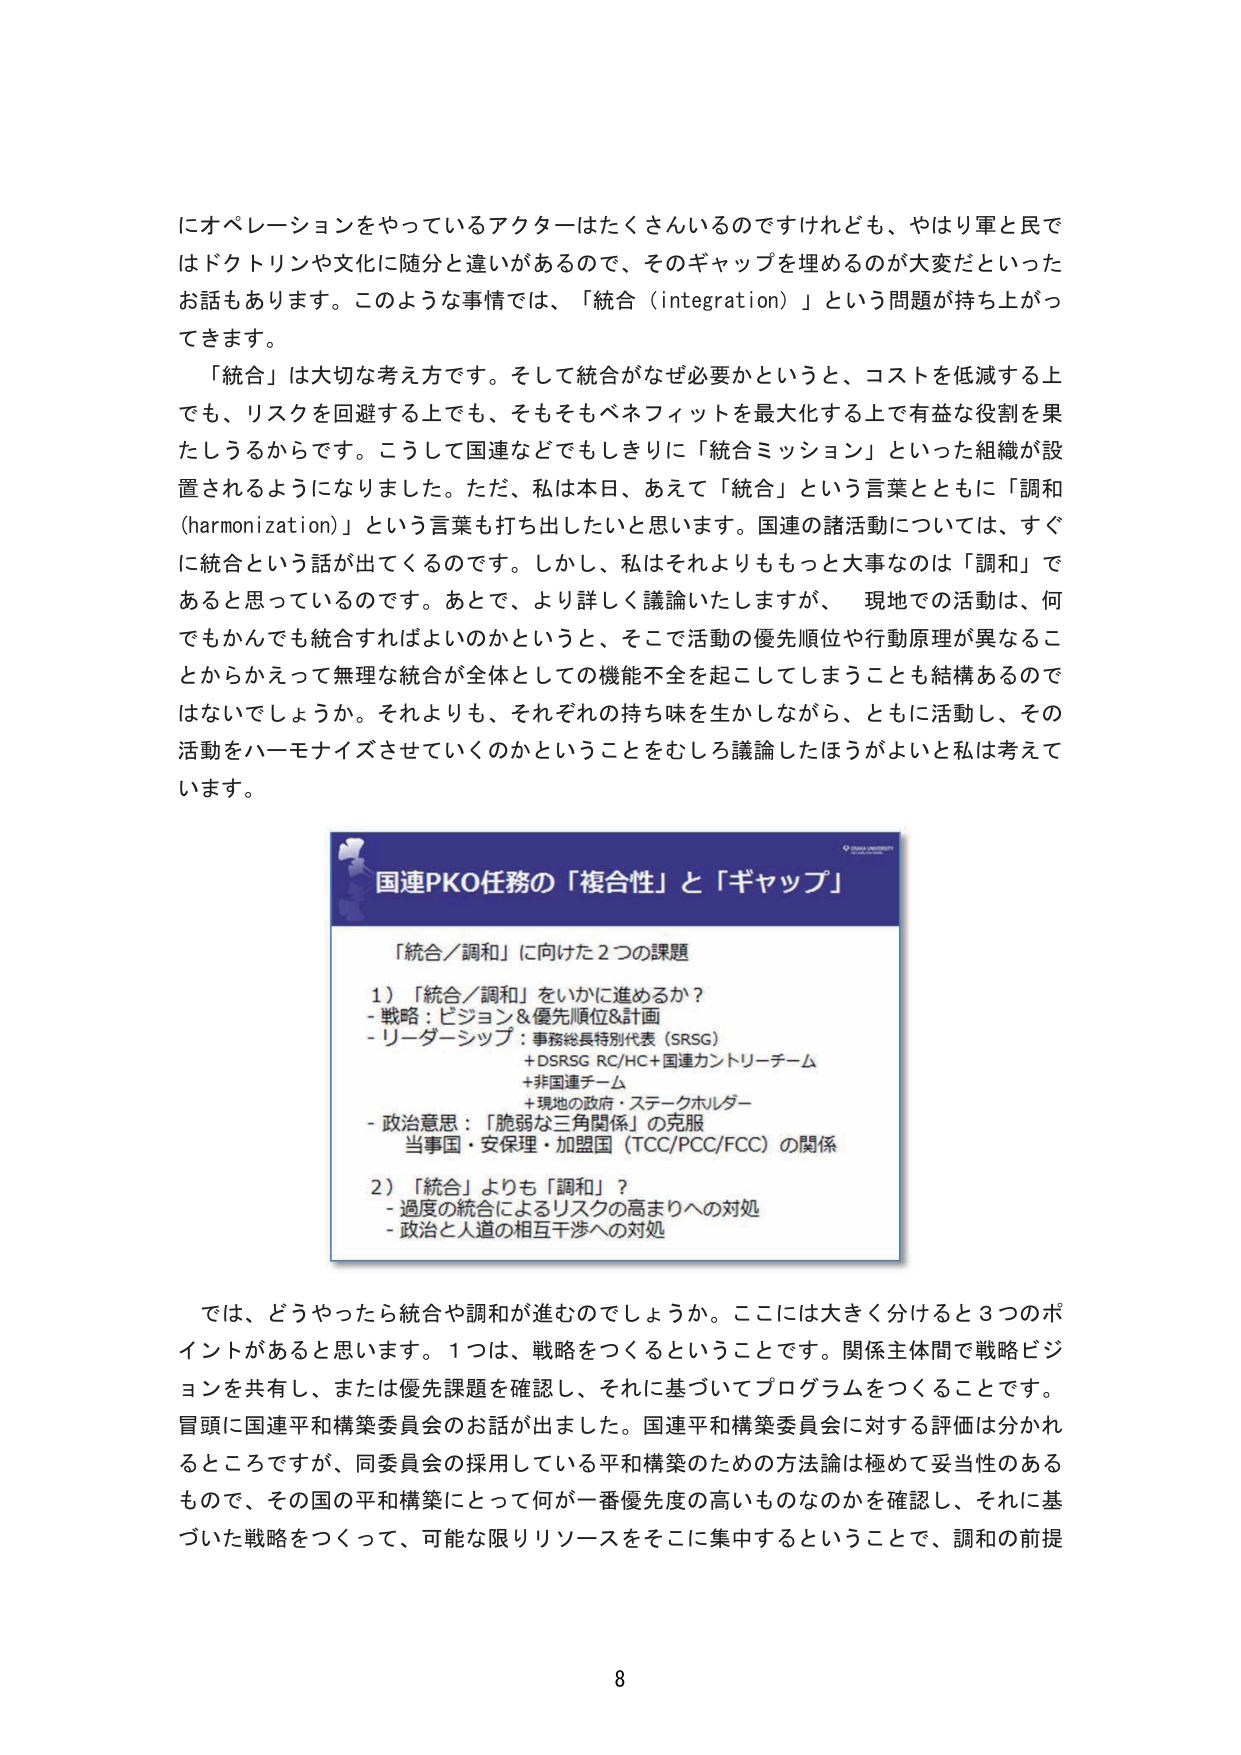
にオペレーションをやっているアクターはたくさんいるのですけれども、やはり軍と民ではドクトリンや文化に随分と違いがあるので、そのギャップを埋めるのが大変だといったお話もあります。このような事情では、「統合（integration）」という問題が持ち上がってきます。

「統合」は大切な考え方です。そして統合がなぜ必要かというと、コストを低減する上でも、リスクを回避する上でも、そもそもベネフィットを最大化する上で有益な役割を果たしうるからです。こうして国連などでもしきりに「統合ミッション」といった組織が設置されるようになりました。ただ、私は本日、あえて「統合」という言葉とともに「調和（harmonization）」という言葉も打ち出したいと思います。国連の諸活動については、すぐに統合という話が出てくるのです。しかし、私はそれよりももっと大事なのは「調和」であると思っているのです。あとで、より詳しく議論いたしますが、現地での活動は、何でもかんでも統合すればよいのかというと、そこで活動の優先順位や行動原理が異なることからかえって無理な統合が全体としての機能不全を起こしてしまうことも結構あるのではないでしょうか。それよりも、それぞれの持ち味を生かしながら、ともに活動し、その活動をハーモナイズさせていくのかということをむしろ議論したほうがよいと私は考えています。

国連PKO任務の「複合性」と「ギャップ」

「統合／調和」に向けた2つの課題

1）「統合／調和」をいかに進めるか？
- 戦略：ビジョン＆優先順位＆計画
- リーダーシップ：事務総長特別代表（SRSG）
　+DSRSG RC/HC+国連カントリーチーム
　+非国連チーム
　+現地の政府・ステークホルダー
- 政治意思：「脆弱な三角関係」の克服
　当事国・安保理・加盟国（TCC/PCC/FCC）の関係

2）「統合」よりも「調和」？
- 過度の統合によるリスクの高まりへの対処
- 政治と人道の相互干渉への対処

では、どうやったら統合や調和が進むのでしょうか。ここには大きく分けると3つのポイントがあると思います。1つは、戦略をつくるということです。関係主体間で戦略ビジョンを共有し、または優先課題を確認し、それに基づいてプログラムをつくることです。冒頭に国連平和構築委員会のお話が出ました。国連平和構築委員会に対する評価は分かれるところですが、同委員会の採用している平和構築のための方法論は極めて妥当性のあるもので、その国の平和構築にとって何が一番優先度の高いものなのかを確認し、それに基づいた戦略をつくって、可能な限りリソースをそこに集中するということで、調和の前提

8